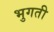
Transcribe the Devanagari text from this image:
भुगती